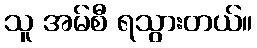
သူ အမ်စီ ရသွားတယ်။